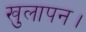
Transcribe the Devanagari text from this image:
खुलापन।